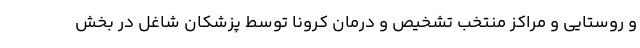
و روستایی و مراکز منتخب تشخیص و درمان کرونا توسط پزشکان شاغل در بخش